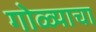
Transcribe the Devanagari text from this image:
गोळ्याचा